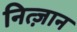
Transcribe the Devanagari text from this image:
नित्ज़ान